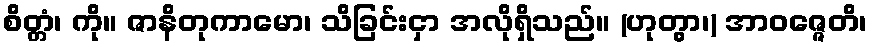
စိတ္တံ၊ ကို။ ဇာနိတုကာမော၊ သိခြင်းငှာ အလိုရှိသည်။ (ဟုတွာ၊) အာဝဇ္ဇေတိ၊